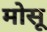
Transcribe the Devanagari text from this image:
मोसू